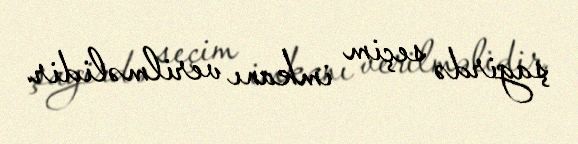
şagirdə seçim imkanı verilməlidir.